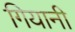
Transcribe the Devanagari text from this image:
गियानी